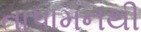
તાપામનથી